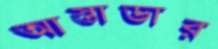
আস্তাডার